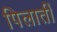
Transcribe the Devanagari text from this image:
पिलातीं